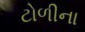
ટોળીના